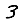
Digit: 3